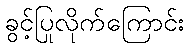
ခွင့်ပြုလိုက်ကြောင်း